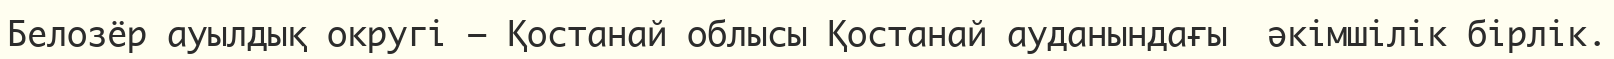
Белозёр ауылдық округі – Қостанай облысы Қостанай ауданындағы  әкімшілік бірлік.